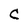
Character: C